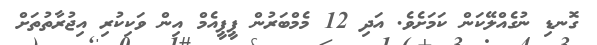
ގޮނޑި ނުގެއްލޭކަން ކަމަށެވެ. އަދި 12 މެމްބަރުން ޕީޕީއެމް އިން ވަކިކުރި އިޖުރާތުތަށް